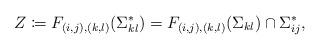
LaTeX: \begin{align*} Z\coloneqq F_{(i,j), (k,l)} (\Sigma^*_{kl}) = F_{(i,j), (k,l)}(\Sigma_{kl}) \cap \Sigma^*_{ij}, \end{align*}